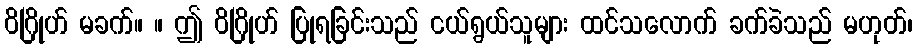
ဝိဂြိုဟ် မခက်။ ။ ဤ ဝိဂြိုဟ် ပြုရခြင်းသည် ငယ်ရွယ်သူများ ထင်သလောက် ခက်ခဲသည် မဟုတ်၊